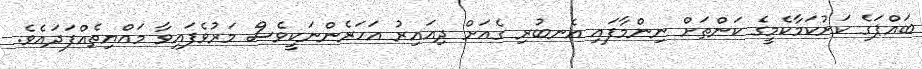
ބައްޕަގެ ކަށުކަމާކެމީގެ ކަންތަށް ނިންމާފައި އެނބުރި ގެއަށް ދިއައިރު އަހަރެންނަކީވެސް މަރުވެފައިވާ މައްޔިތެއްފަދައެވެ.